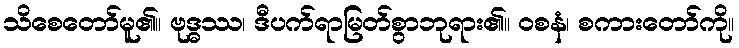
သိစေတော်မူ၏။ ဗုဒ္ဓဿ၊ ဒီပက်ရာမြတ်စွာဘုရား၏။ ဝစနံ၊ စကားတော်ကို။